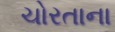
ચોરતાના